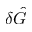
\delta \hat { G }